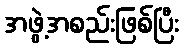
အဖွဲ့အစည်းဖြစ်ပြီး